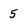
Character: 5